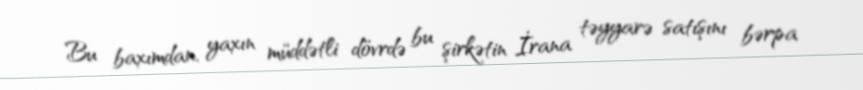
Bu baxımdan, yaxın müddətli dövrdə bu şirkətin İrana təyyarə satışını bərpa